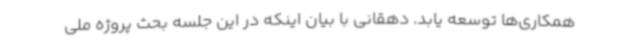
همکاری‌ها توسعه یابد. دهقانی با بیان اینکه در این جلسه بحث پروژه ملی